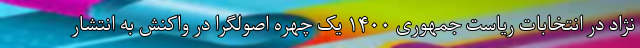
نژاد در انتخابات ریاست جمهوری ۱۴۰۰ یک چهره اصولگرا در واکنش به انتشار